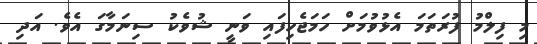
މި ފިލްމު ފުރަތަމަ އެޅުވުމަށް ހަމަޖެހިފައި ވަނީ ޝުވެކު ސިނަމާގަ އެވެ. އަދި